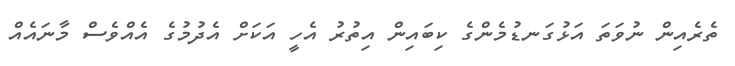
ތެރެއިން ނުވަތަ އަޅުގަނޑުމެންގެ ކިބައިން އިތުރު އެހީ އަކަށް އެދުމުގެ އެއްވެސް މާނައެއް